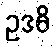
ဥဒဓိ